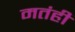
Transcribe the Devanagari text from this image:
मतंही